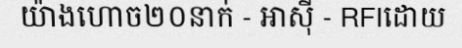
យ៉ាងហោច២០នាក់ - អាស៊ី - RFIដោយ